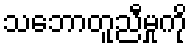
သဘောတူညီမှုကို